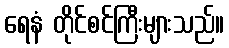
ရေနံ တိုင်စင်ကြီးများသည်။